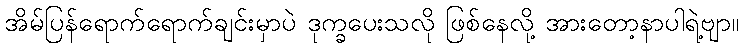
အိမ်ပြန်ရောက်ရောက်ချင်းမှာပဲ ဒုက္ခပေးသလို ဖြစ်နေလို့ အားတော့နာပါရဲ့ဗျာ။